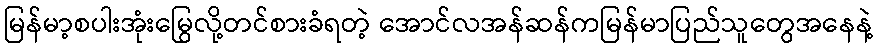
မြန်မာ့စပါးအုံးမြွေလို့တင်စားခံရတဲ့ အောင်လအန်ဆန်ကမြန်မာပြည်သူတွေအနေနဲ့